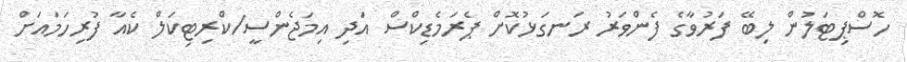
ހޮސްޕިޓަލުން ލިބޭ ފަރުވާގެ ފެންވަރު ރަނގަޅުކޮށް ޕެރަމެޑިކްސް އަދި އިމަޖެންސީ/ކްރިޓިކަލް ކެއާ ފުރިހަމައަށް